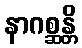
နာဂစ္ဆန္တိ